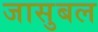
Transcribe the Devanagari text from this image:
जासुबल